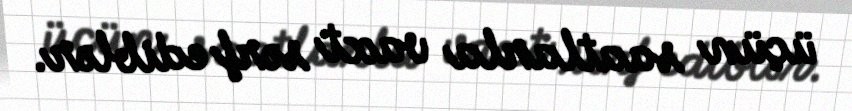
üçün saatlarla vaxt sərf ediblər.